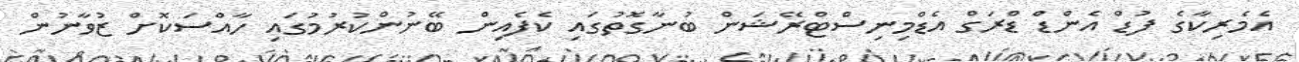
އެމެރިކާގެ ފުޑް އެންޑް ޑްރަގް އެޑްމިނިސްޓްރޭޝަން ބުނާގޮތުގައި ކެފެއިން ބޭނުންކުރުމުގައި ހާއްސަކޮށް ޒުވާނުން